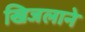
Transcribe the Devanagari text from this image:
खिजलाने